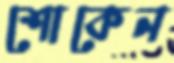
শোকেন